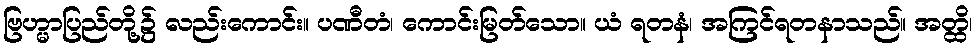
ဗြဟ္မာပြည်တို့၌ လည်းကောင်း။ ပဏီတံ၊ ကောင်းမြတ်သော။ ယံ ရတနံ၊ အကြင်ရတနာသည်။ အတ္ထိ၊